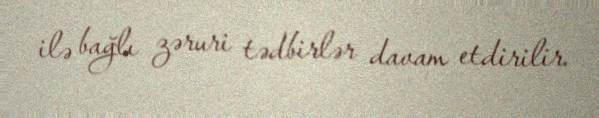
ilə bağlı zəruri tədbirlər davam etdirilir.